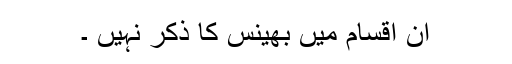
ان اقسام میں بھینس کا ذکر نہیں ۔